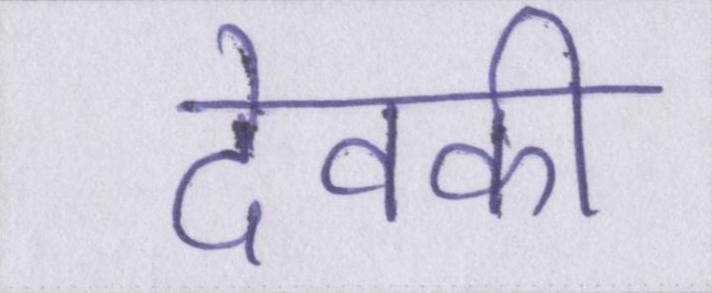
देवकी